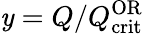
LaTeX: \mathit{y}=Q/Q_{\mathrm{{crit}}}^{\mathrm{{OR}}}